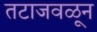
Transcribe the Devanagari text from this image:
तटाजवळून